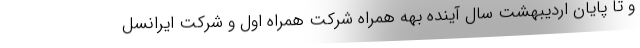
و تا پایان اردیبهشت سال آینده بهه همراه شرکت همراه اول و شرکت ایرانسل